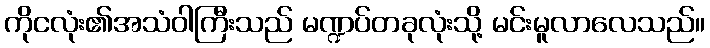
ကိုငလုံး၏အသံဝါကြီးသည် မဏ္ဍပ်တခုလုံးသို့ မင်းမူလာလေသည်။